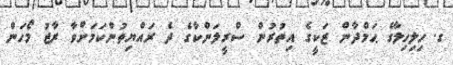
ގ. ހިލިހިލާގެ ޙަމްދާން ޒަކީގެ އިތުރުން ސްރީލަންކާގެ ދެ ރައްޔިތުންކަމަށްވާ ރާޖު މޯހަން